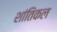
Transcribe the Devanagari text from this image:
शांतिकल